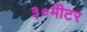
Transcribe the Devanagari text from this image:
३०मीटर